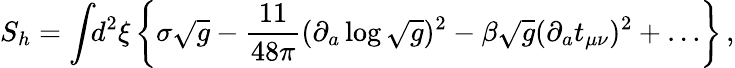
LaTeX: S_{h}=\int\! \! d^{2}\xi\left\{ \sigma\sqrt{g}-\frac{11}{48\pi}(\partial_{a}\log\sqrt{g})^{2}-\beta\sqrt{g}(\partial_{a}t_{\mu\nu})^{2}+\ldots\right\} \, ,